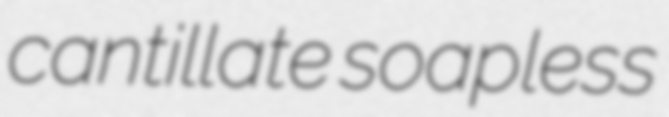
cantillate soapless